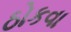
ઠોકવા